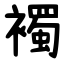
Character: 襡